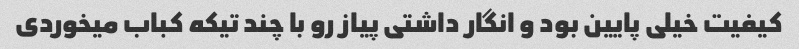
کیفیت خیلی پایین بود و انگار داشتی پیاز رو با چند تیکه کباب میخوردی